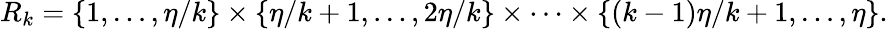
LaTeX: R_{k}=\left\{ 1,\ldots,\eta/k\right\} \times\left\{ \eta/k+1,\ldots,2\eta/k\right\} \times\cdots\times\left\{ \left(k-1\right)\eta/k+1,\ldots,\eta\right\} .